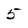
Character: 5